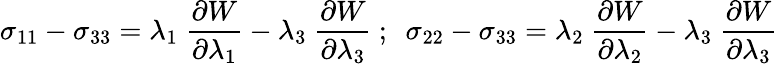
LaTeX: \sigma_{11}-\sigma_{33}=\lambda_{1}~{\frac{\partial W}{\partial\lambda_{1}}}-\lambda_{3}~{\frac{\partial W}{\partial\lambda_{3}}}~;~~\sigma_{22}-\sigma_{33}=\lambda_{2}~{\frac{\partial W}{\partial\lambda_{2}}}-\lambda_{3}~{\frac{\partial W}{\partial\lambda_{3}}}